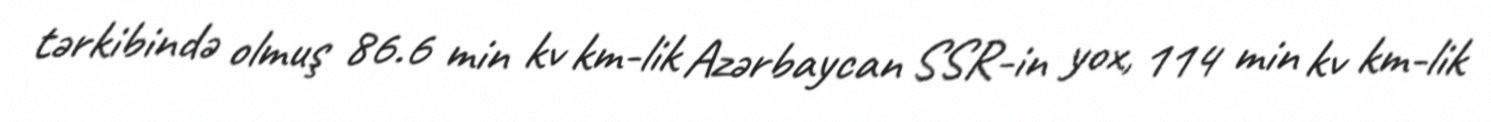
tərkibində olmuş 86.6 min kv km-lik Azərbaycan SSR-in yox, 114 min kv km-lik